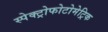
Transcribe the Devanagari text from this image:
स्पेक्ट्रोफोटोमेट्रिक